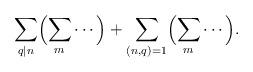
LaTeX: \begin{align*} \sum_{q|n}\Bigl(\sum_m \cdots\Bigr)+\sum_{(n,q)=1}\Bigl(\sum_m\cdots\Bigr).\end{align*}